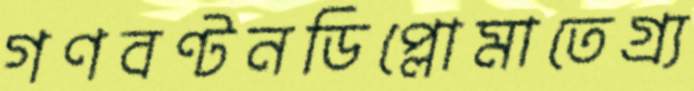
গণবণ্টনডিপ্লোমাতেগ্র্য